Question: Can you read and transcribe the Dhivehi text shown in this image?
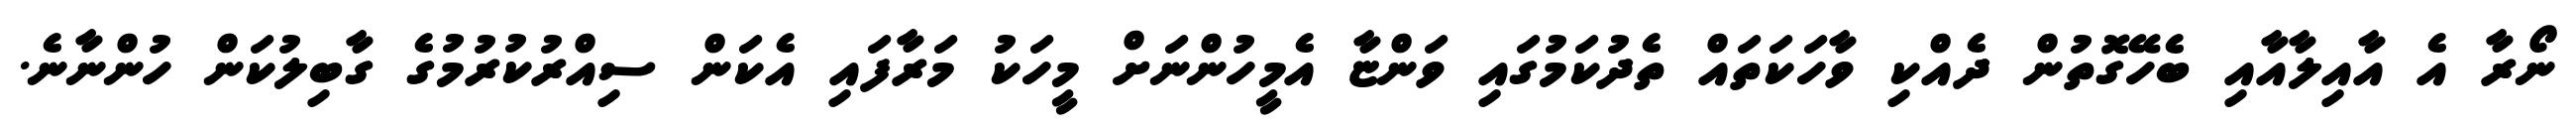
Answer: ނޯރާ އެ އާއިލާއާއި ބެހޭގޮތުން ދެއްކި ވާހަކަތައް ތެދުކަމުގައި ވަންޏާ އެމީހުންނަށް މީހަކު މަރާފައި އެކަން ސިއްރުކުރުމުގެ ގާބިލުކަން ހުންނާނެ.